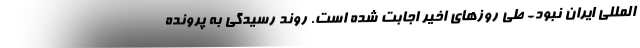
المللی ایران نبود- طی روزهای اخیر اجابت شده است. روند رسیدگی به پرونده